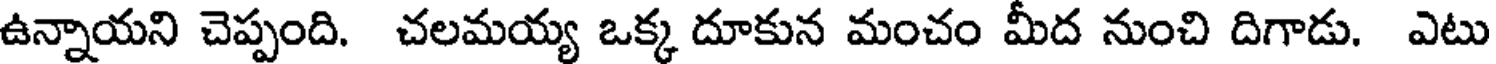
ఉన్నాయని చెప్పంది. చలమయ్య ఒక్క దూకున మంచం మీద నుంచి దిగాడు. ఎటు